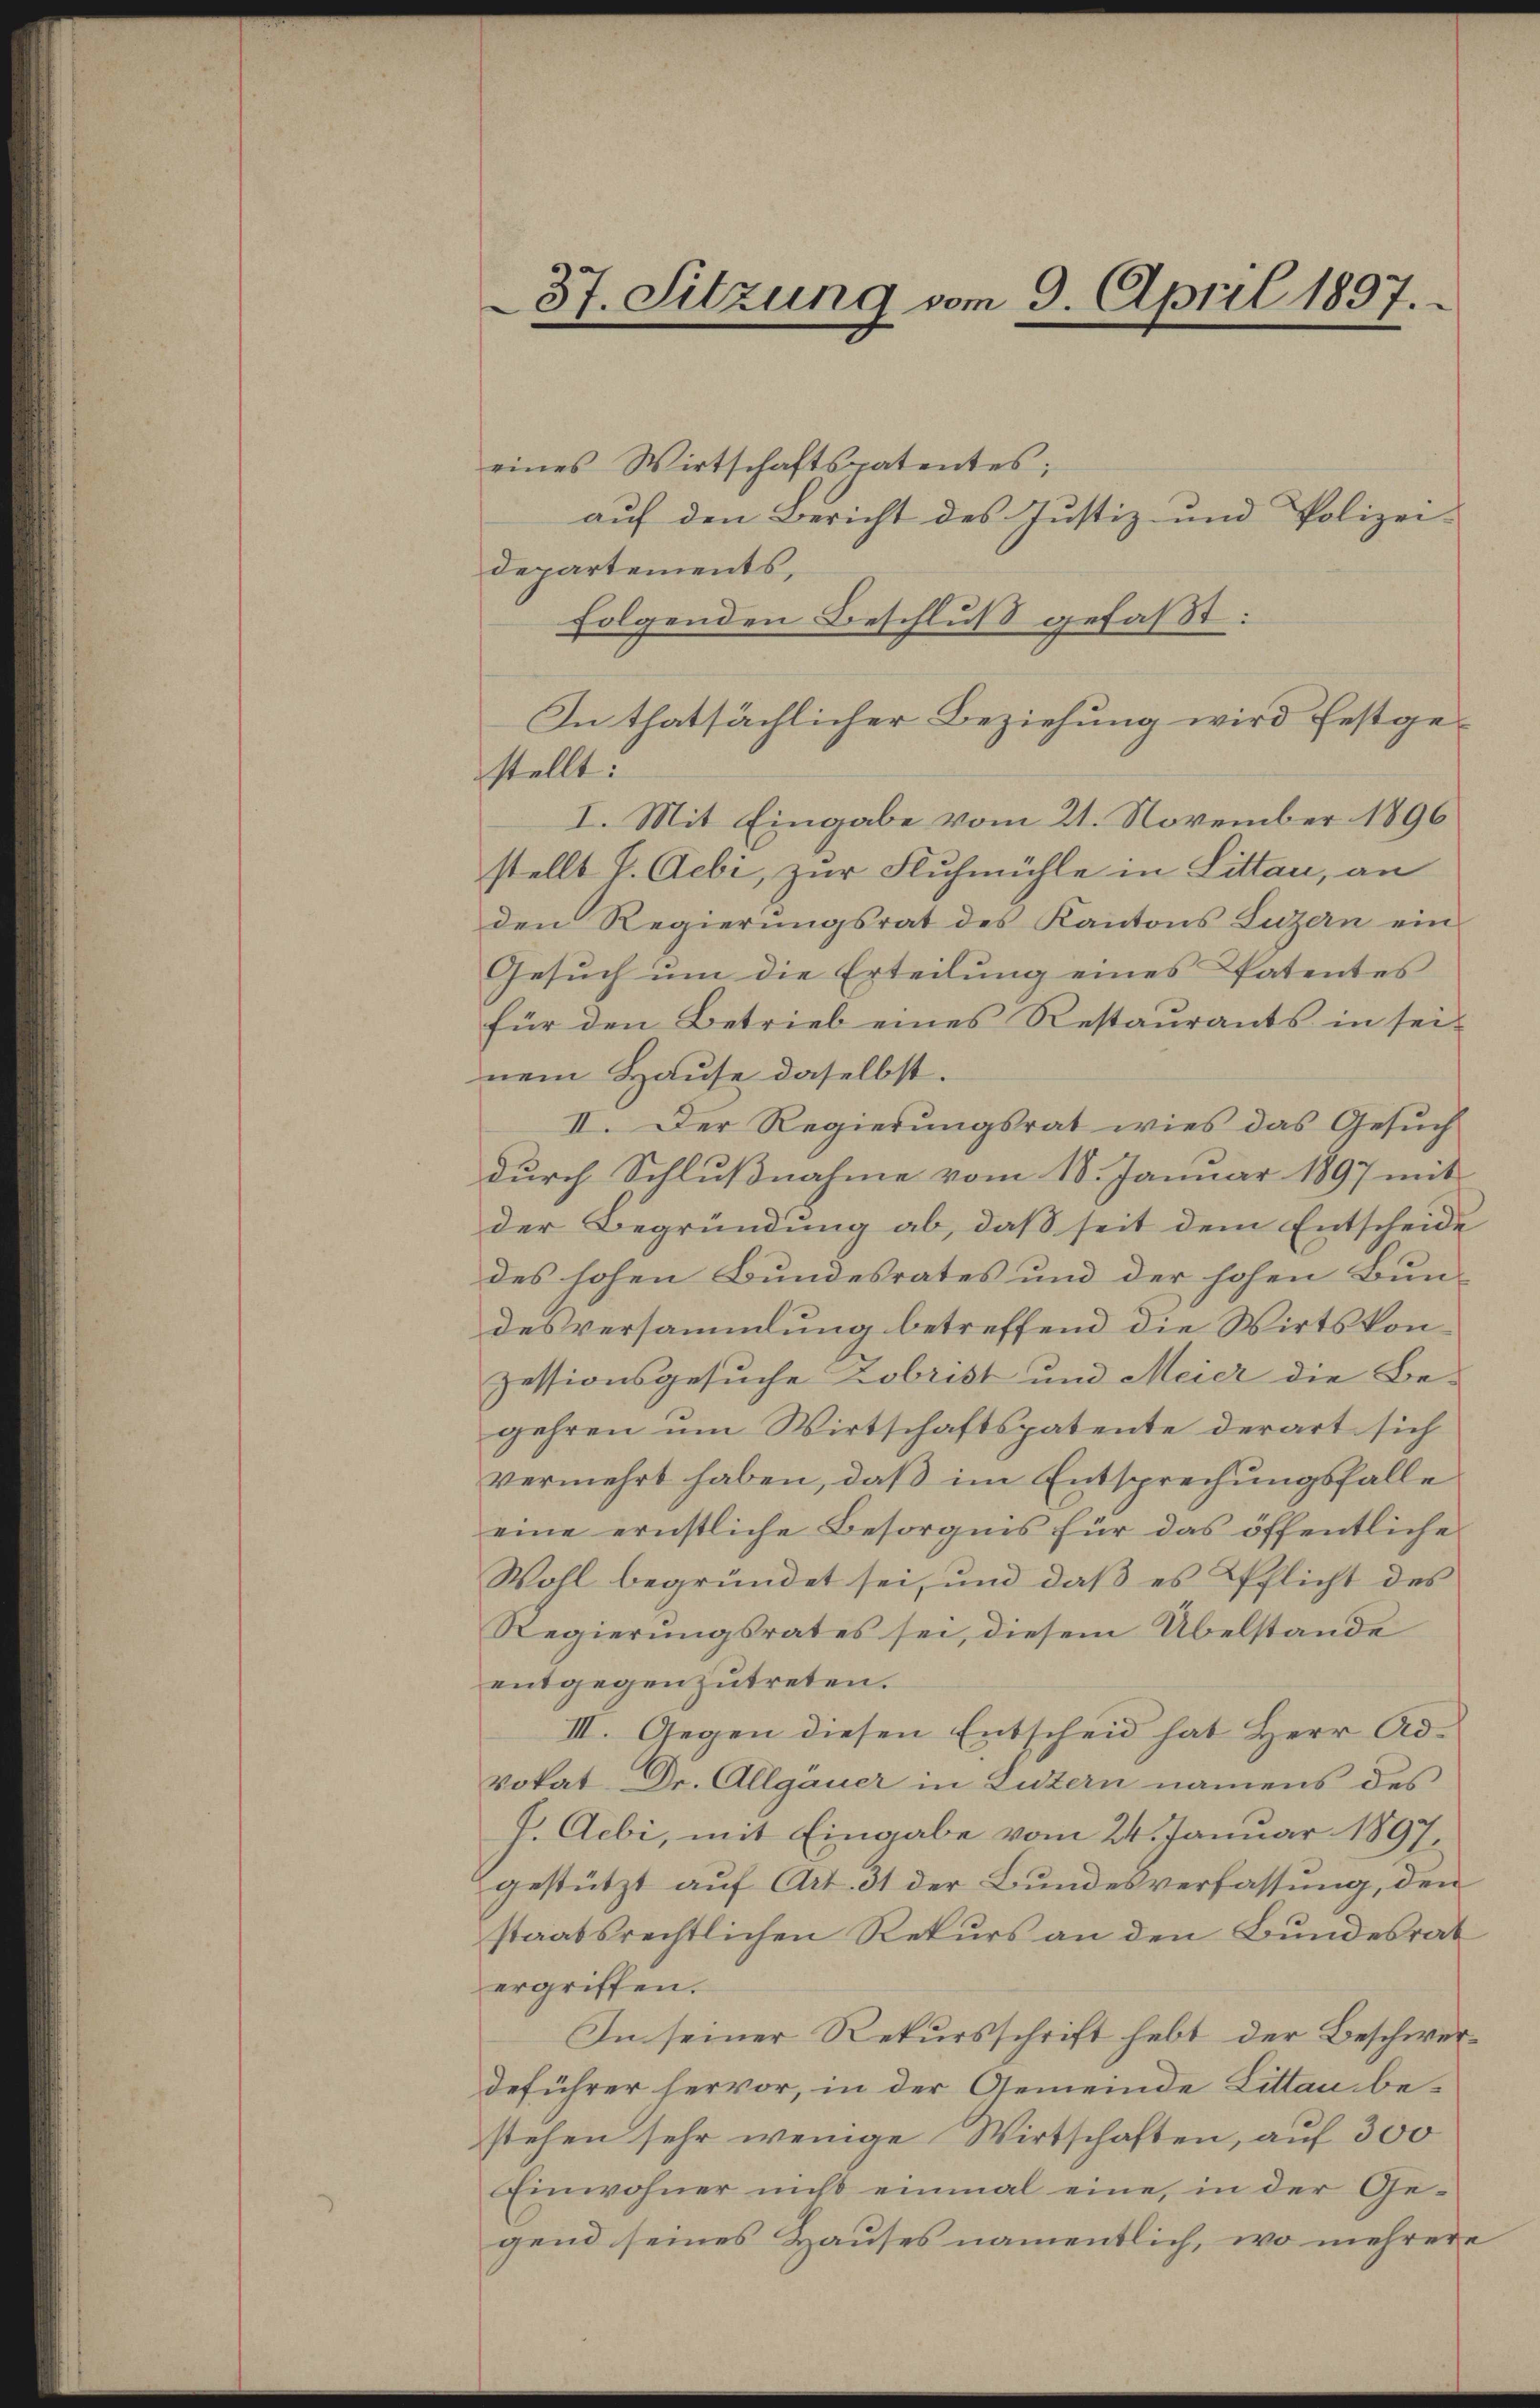
37. Sitzung vom 9. April 1897.

eines Wirtschaftspatentes;
auf den Bericht des Justiz- und Polizei-
Departements,
folgenden Beschluß gefaßt:
stellt.
I. Mit Eingabe vom 21. November 1896
stellt J. Aebi, zur Fluhmühle in Littau, an
den Regierungsrat des Kantons Luzern ein
Gesuch um die Erteilung eines Patentes
für den Betrieb eines Restaurants in seinem Hause daselbst.
II. Der Regierungsrat wies das Gesŭch
durch Schlußnahme vom 18. Januar 1897 mit
der Begründung ab, daß seit dem Entscheide
des hohen Bundesrates und der hohen Bun-
desversammlung betreffend die Wirtskonzessionsgesuche Zobrist und Meier die Be-
gehren um Wirtschaftspatente derart sich
vermehrt haben, daß im Entsprechungsfalle
eine ernstliche Besorgnis für das öffentliche
Wohl begründet sei, und daß es Pflicht des
Regierungsrates sei, diesem Übelstande
entgegenzutreten.
III. Gegen diesen Entscheid hat Herr Ad¬
Vokat Dr. Allgäuer in Luzern namens des
J. Aebi, mit Eingabe vom 24. Januar 1897.
gestützt auf Art. 31 der Bundesverfassung, den
staatsrechtlichen Rekurs an den Bundesrat
ergriffen.
In seiner Rekursschrift hebt der Beschwerdeführer hervor, in der Gemeinde Littau be-
stehen sehr wenige Wirtschaften, auf 300
Einwohner nicht einmal eine, in der Gegend seines Hauses namentlich, wo mehrere

In thatsächlicher Beziehung wird festge¬